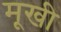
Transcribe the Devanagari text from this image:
मूखी